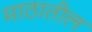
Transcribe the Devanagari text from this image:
माठातील